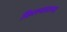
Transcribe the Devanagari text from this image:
किल्ल्यातल्या